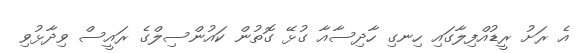
އެ ރަށު ރީޑުއްފިލާގައި ހިނގި ހާދިސާއާ ގުޅޭ ގޮތުން ކައުންސިލްގެ ރައީސް ވިދާޅުވި